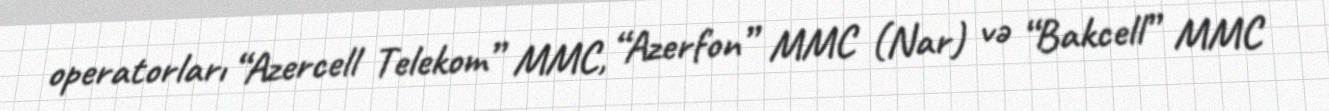
operatorları “Azercell Telekom” MMC, “Azerfon” MMC (Nar) və “Bakcell” MMC